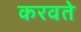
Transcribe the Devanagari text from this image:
करवते